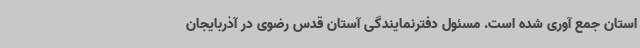
استان جمع آوری شده است. مسئول دفترنمایندگی آستان قدس رضوی در آذربایجان